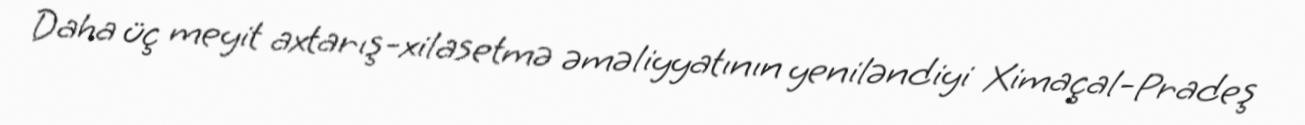
Daha üç meyit axtarış-xilasetmə əməliyyatının yeniləndiyi Ximaçal-Pradeş